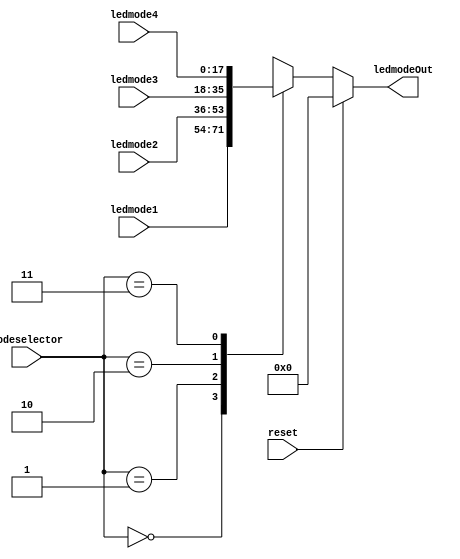
module ledChooserforMode (input [17:0]ledmode1,
                          input [17:0]ledmode2,
                          input [17:0]ledmode3,
                          input [17:0]ledmode4,
                          input [1:0]modeselector,
                          input reset,
                          output [17:0]ledmodeOut);
                          
reg [17:0] r_ledmodeOut;


always @ (reset, modeselector, ledmode1, ledmode2, ledmode3, ledmode4)
   begin
   if (reset) r_ledmodeOut = 18'b0000_0000_0000_0000_00;
   else
      case (modeselector)
         2'b00: r_ledmodeOut = ledmode1;
         2'b01: r_ledmodeOut = ledmode2;   
         2'b10: r_ledmodeOut = ledmode3;   
         2'b11: r_ledmodeOut = ledmode4;   
      endcase
   end
   
assign ledmodeOut = r_ledmodeOut;

endmodule